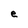
Character: e